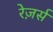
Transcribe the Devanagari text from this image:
रेज़र्स